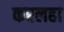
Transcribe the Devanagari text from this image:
करलहा